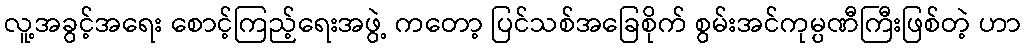
လူ့အခွင့်အရေး စောင့်ကြည့်ရေးအဖွဲ့ ကတော့ ပြင်သစ်အခြေစိုက် စွမ်းအင်ကုမ္ပဏီကြီးဖြစ်တဲ့ ဟာ